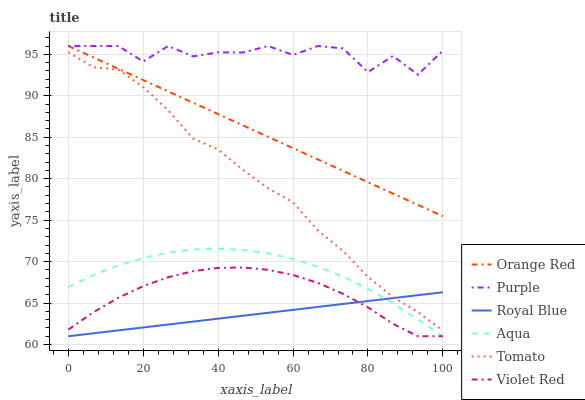
| xaxis_label | Orange Red | Purple | Royal Blue | Aqua | Tomato | Violet Red |
 | --- | --- | --- | --- | --- | --- | --- |
 | 0 | 96 | 96 | 61 | 66.9 | 95.3 | 61.8 |
 | 6.67 | 94.6 | 96 | 61.4 | 68.4 | 93.4 | 63.9 |
 | 13.3 | 93.3 | 96 | 61.7 | 69.5 | 93.2 | 65.6 |
 | 20 | 91.9 | 94.1 | 62.1 | 70.4 | 91 | 67 |
 | 26.7 | 90.5 | 96 | 62.4 | 71.1 | 88.2 | 68.1 |
 | 33.3 | 89.2 | 94.7 | 62.8 | 71.5 | 84.8 | 68.8 |
 | 40 | 87.8 | 95.2 | 63.1 | 71.6 | 83.5 | 69.2 |
 | 46.7 | 86.4 | 95.2 | 63.5 | 71.4 | 81 | 69.3 |
 | 53.3 | 85.1 | 96 | 63.8 | 71 | 78.9 | 69 |
 | 60 | 83.7 | 94.9 | 64.2 | 70.3 | 77.1 | 68.4 |
 | 66.7 | 82.3 | 96 | 64.5 | 69.4 | 73.7 | 67.4 |
 | 73.3 | 80.9 | 95.7 | 64.9 | 68.2 | 71.3 | 66.1 |
 | 80 | 79.6 | 92.8 | 65.2 | 66.7 | 68.2 | 64.5 |
 | 86.7 | 78.2 | 94.8 | 65.6 | 65 | 65.7 | 62.5 |
 | 93.3 | 76.8 | 92.5 | 66 | 63 | 63.9 | 61 |
 | 100 | 75.5 | 95.4 | 66.3 | 61 | 61.7 | 61 |